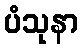
ပံသုနာ